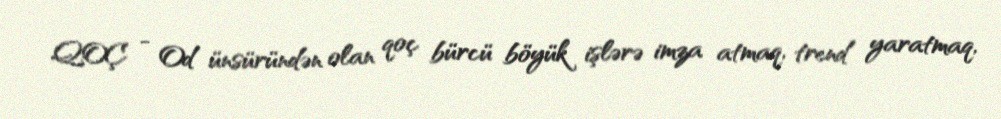
QOÇ - Od ünsüründən olan qoç bürcü böyük işlərə imza atmaq, trend yaratmaq,